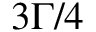
3 \Gamma / 4